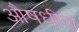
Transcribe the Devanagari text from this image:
औषधीच